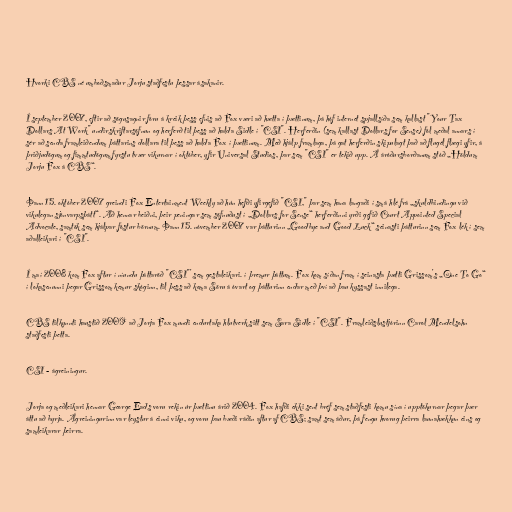
Hvorki CBS né umboðsmaður Jorju staðfestu þessar ásakanir.

Í september 2007, eftir að sögusagnir fóru á kreik þess efnis að Fox væri að hætta í þættinum, þá hóf internet spjallsíða sem kallast "Your Tax
Dollars At Work" undirskriftarsöfnun og herferð til þess að halda Sidle í "CSI". Herferðin (sem kallast Dollars for Sense) fól meðal annars í
sér að senda framleiðendum þáttarins dollara til þess að halda Fox í þættinum. Með hjálp framlaga, þá gat herferðin skipulagt það að flugél flægi yfir, á
þriðjudögum og fimmtudögum fyrstu tvær vikurnar í október, yfir Universal Studios, þar sem "CSI" er tekið upp. Á áróðursborðanum stóð „Höldum
Jorju Fox á CBS“.

Þann 15. október 2007 greindi Fox Entertainment Weekly að hún hefði yfirgefið "CSI," þar sem hana langaði í smá hlé frá „skuldbindingu við
vikulegan sjónvarpsþátt“. Að hennar beiðni, þeir peningar sem söfnuðust í „Dollars for Sense“ herferðinni yrði gefið Court Appointed Special
Advocate, samtök sem hjálpar fóstur börnum. Þann 15. nóvember 2007 var þátturinn „Goodbye and Good Luck“ seinasti þátturinn sem Fox lék í sem
aðalleikari í "CSI".

Í maí 2008 kom Fox aftur í níundu þáttaröð "CSI"' sem gestaleikari. í þremur þáttum. Fox kom síðan fram í seinasta þætti Grissom's „One To Go“
í lokasenunni þegar Grissom kemur skóginn, til þess að koma Söru á óvart og þátturinn endar með því að þau kyssast innilega.

CBS tilkynnti haustið 2009 að Jorja Fox mundi endurtaka hlutverk sitt sem Sara Sidle í "CSI". Framleiðslustjórinn Carol Mendelsohn
staðfesti þetta.

CSI - ágreiningur.

Jorja og meðleikari hennar George Eads voru rekin úr þættinu árið 2004. Fox hafði ekki sent bréf sem staðfesti komu sína í upptökurnar þegar þær
áttu að byrja. Ágreiningurinn var leystur á einni viku, og voru þau bæði ráðin aftur af CBS; samt sem áður, þá fengu hvorug þeirra launahækkun eins og
samleikarar þeirra.